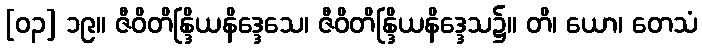
[၀၃] ၁၉။ ဇီဝိတိန္ဒြိယနိဒ္ဒေသေ၊ ဇီဝိတိန္ဒြိယနိဒ္ဒေသ၌။ တိ၊ ယော၊ တေသံ